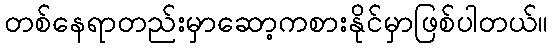
တစ်နေရာတည်းမှာဆော့ကစားနိုင်မှာဖြစ်ပါတယ်။